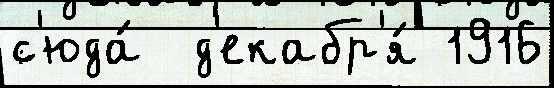
с'юда́  д'екабр'я́ 1916